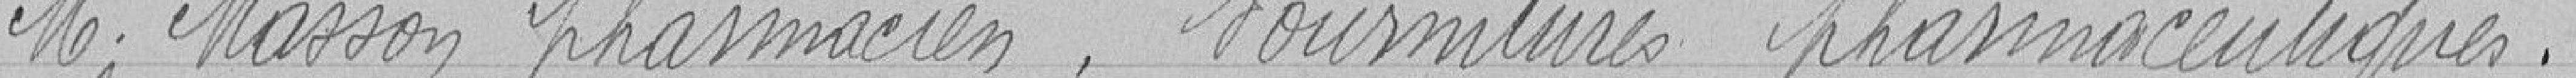
M. Masson pharmacien. Fournitures pharmaceutiques.